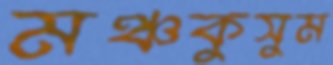
মঞ্চকুসুম